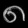
Digit: ၈